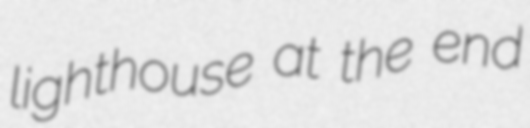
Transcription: lighthouse at the end